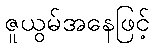
ဇူယွမ်အနေဖြင့်